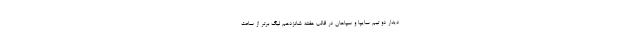
دیدار دو تیم سایپا و سپاهان در قالب هفته شانزدهم لیگ برتر از ساعت